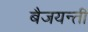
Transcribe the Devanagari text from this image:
बैजयन्‍ती